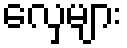
လှေများ